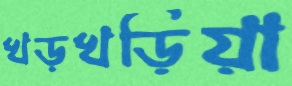
খড়খড়িয়া